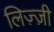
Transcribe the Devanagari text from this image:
लिज़्ज़ी